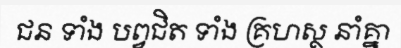
ជន ទាំង បព្វជិត ទាំង គ្រហស្ថ នាំគ្នា